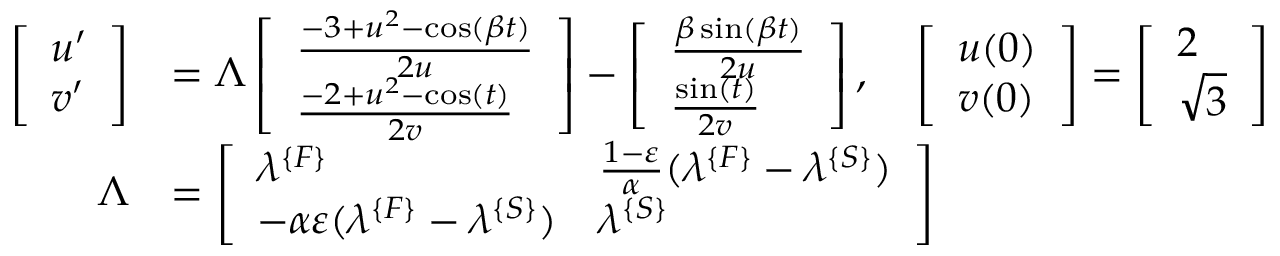
\begin{array} { r l } { \left[ \begin{array} { l } { u ^ { \prime } } \\ { v ^ { \prime } } \end{array} \right] } & { = \Lambda \left[ \begin{array} { l } { \frac { - 3 + u ^ { 2 } - \cos ( \beta t ) } { 2 u } } \\ { \frac { - 2 + u ^ { 2 } - \cos ( t ) } { 2 v } } \end{array} \right] - \left[ \begin{array} { l } { \frac { \beta \sin ( \beta t ) } { 2 u } } \\ { \frac { \sin ( t ) } { 2 v } } \end{array} \right] , \quad \left[ \begin{array} { l } { u ( 0 ) } \\ { v ( 0 ) } \end{array} \right] = \left[ \begin{array} { l } { 2 } \\ { \sqrt { 3 } } \end{array} \right] } \\ { \Lambda } & { = \left[ \begin{array} { l l } { \lambda ^ { \{ F \} } } & { \frac { 1 - \varepsilon } { \alpha } ( \lambda ^ { \{ F \} } - \lambda ^ { \{ S \} } ) } \\ { - \alpha \varepsilon ( \lambda ^ { \{ F \} } - \lambda ^ { \{ S \} } ) } & { \lambda ^ { \{ S \} } } \end{array} \right] } \end{array}